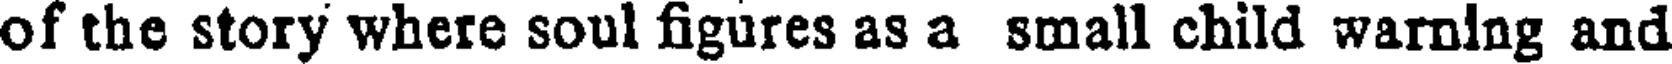
of the story where soul figures as a small child warnlng and